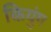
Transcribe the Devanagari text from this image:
कियुंग